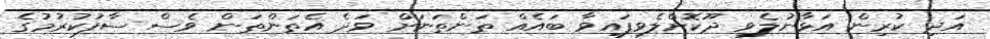
އަދި ކުރިން އަޅާނުލެވި ދޫކޮށްލެވިފައިވާ ބައެއް ތަންތަނަށް ވަދެ އެތަންތަން ވެސް ސާފުކުުރުމުގެ